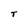
Character: T